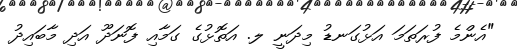
"އެންމެ ފުރަތަމަ އަޅުގަނޑު މިދަނީ ލ. އަތޮޅުގެ ގަމާއިި ފޮނަދޫ އަދި މާބައިދު